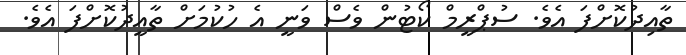
ތާއިދުކޮށްފަ އެވެ. ސުޕްރީމް ކޯޓުން ވެސް ވަނީ އެ ހުކުމަށް ތާއީދުކޮށްފަ އެވެ.